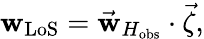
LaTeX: \mathbf{w}_{\mathrm{{LoS}}}=\vec{{\mathbf{w}}}_{H_{\mathrm{{obs}}}}\cdot\vec{{\zeta}},